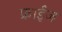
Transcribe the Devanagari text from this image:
फ्राईज